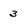
Character: 3